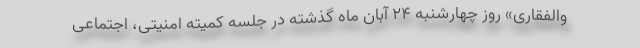
والفقاری» روز چهارشنبه ۲۴ آبان ماه گذشته در جلسه کمیته امنیتی، اجتماعی